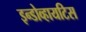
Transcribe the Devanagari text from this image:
इन्डोव्हायटिस